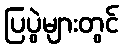
ပြပွဲများတွင်